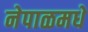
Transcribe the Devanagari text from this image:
नेपाळमधे